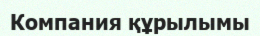
Компания құрылымы